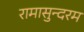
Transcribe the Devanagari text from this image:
रामासुन्दरम